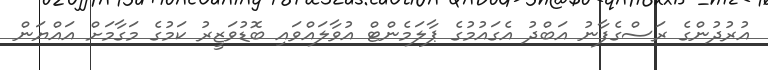
އުރުދުންގެ ރަސްގެފާނު އަބްދު އެގައުމުގެ ޕާލަމެންޓް އުވާލައްވައި ބޮޑުވަޒީރު ކަމުގެ މަގާމަށް އައްޔަން